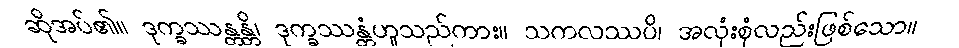
ဆိုအပ်၏။ ဒုက္ခဿန္တန္တိ၊ ဒုက္ခဿန္တံဟူသည်ကား။ သကလဿပိ၊ အလုံးစုံလည်းဖြစ်သော။